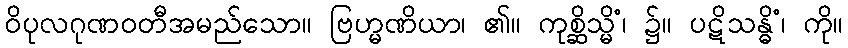
ဝိပုလဂုဏဝတီအမည်သော။ ဗြဟ္မဏိယာ၊ ၏။ ကုစ္ဆိသ္မိံ၊ ၌။ ပဋိသန္ဓိံ၊ ကို။